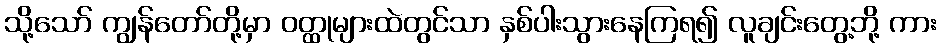
သို့သော် ကျွန်တော်တို့မှာ ဝတ္ထုများထဲတွင်သာ နှစ်ပါးသွားနေကြရ၍ လူချင်းတွေ့ဘို့ ကား